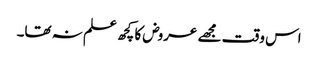
اس وقت مجھے عروض کا کچھ علم نہ تھا۔